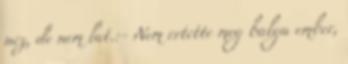
nez, de nem lat.:- Nem ertette meg balga ember,